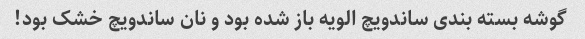
گوشه بسته بندی ساندویچ الویه باز شده بود و نان ساندویچ خشک بود!